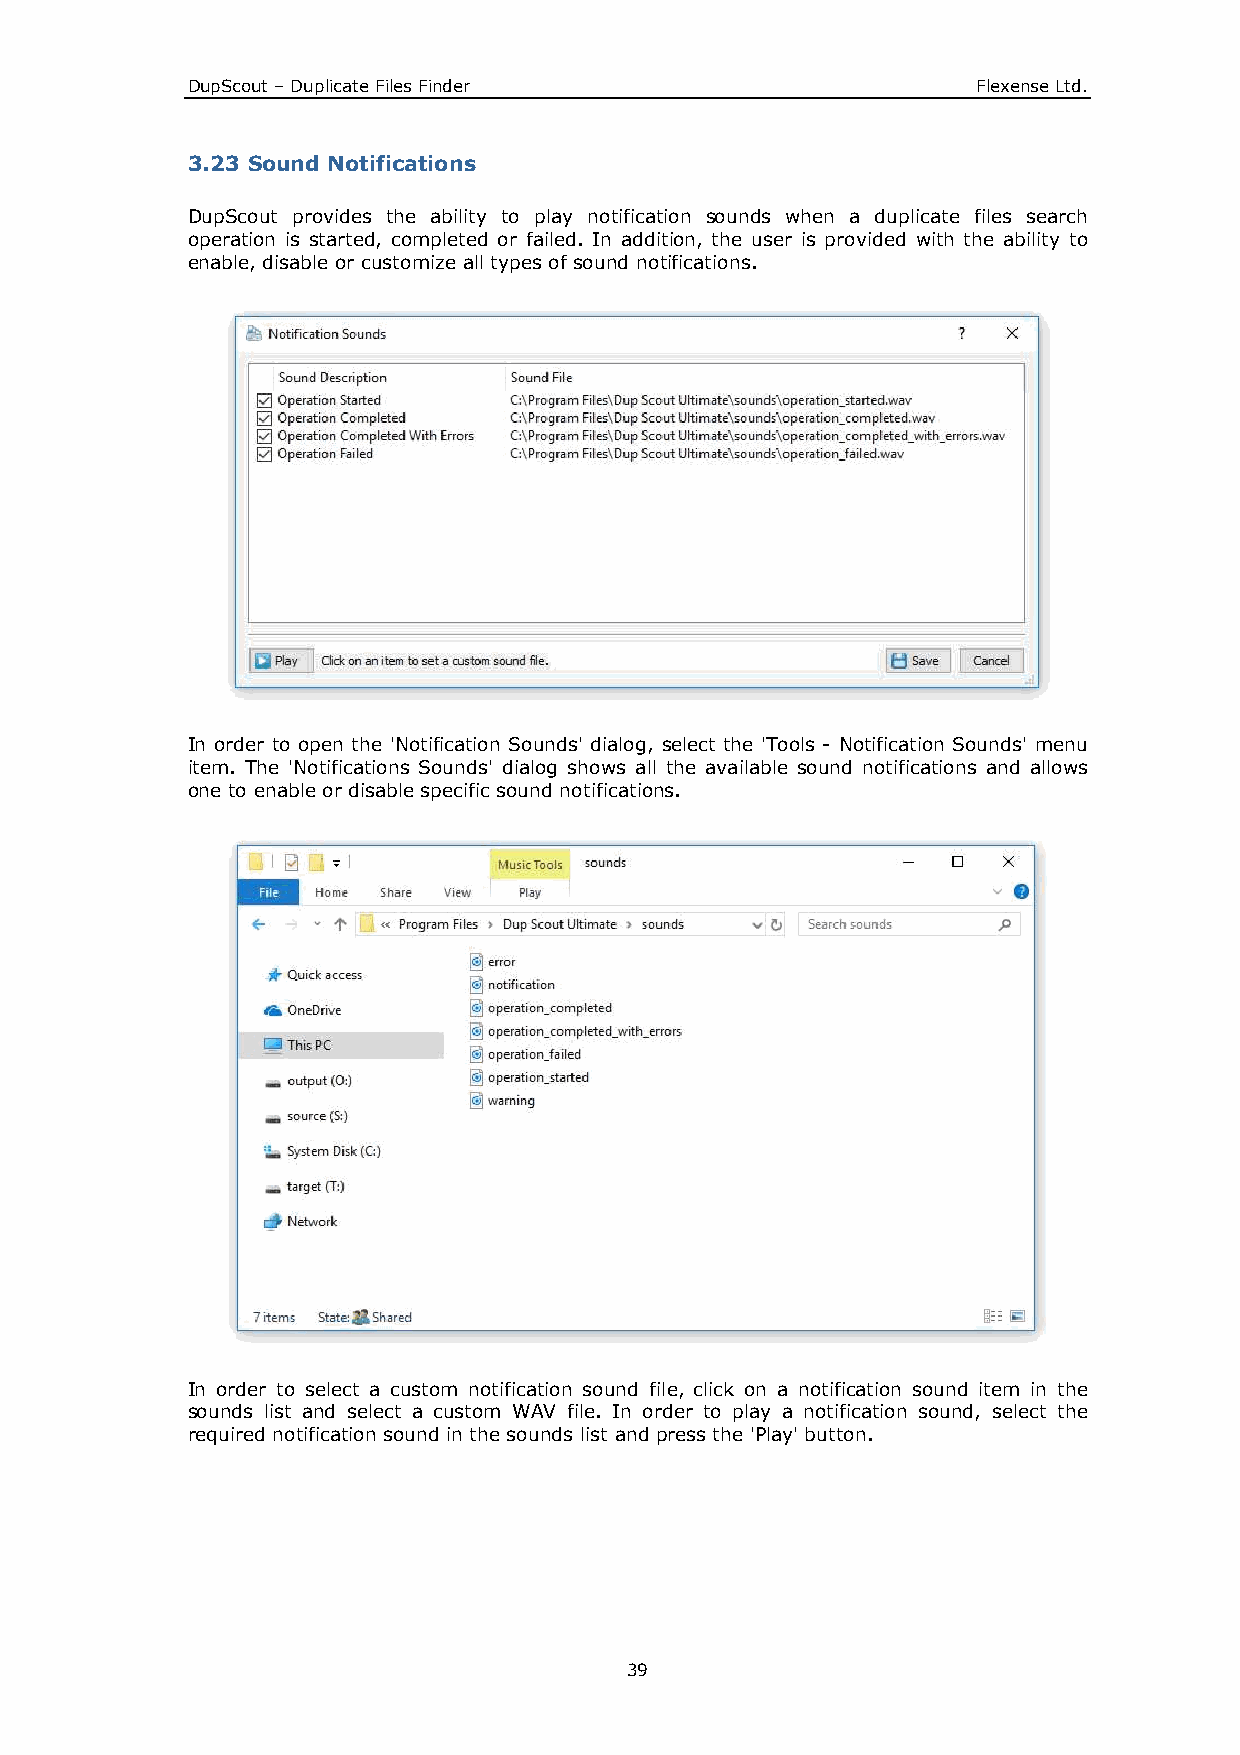
DupScout – Duplicate Files Finder                    Flexense Ltd.
 3.23 Sound Notifications
 DupScout provides the ability to play notification sounds when a duplicate files search
 operation is started, completed or failed. In addition, the user is provided with the ability to
 enable, disable or customize all types of sound notifications.
 In order to open the 'Notification Sounds' dialog, select the 'Tools - Notification Sounds' menu
 item. The 'Notifications Sounds' dialog shows all the available sound notifications and allows
 one to enable or disable specific sound notifications.
 In order to select a custom notification sound file, click on a notification sound item in the
 sounds list and select a custom WAV file. In order to play a notification sound, select the
 required notification sound in the sounds list and press the 'Play' button.
 39